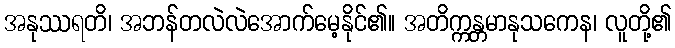
အနုဿရတိ၊ အဘန်တလဲလဲအောက်မေ့နိုင်၏။ အတိက္ကန္တမာနုသကေန၊ လူတို့၏